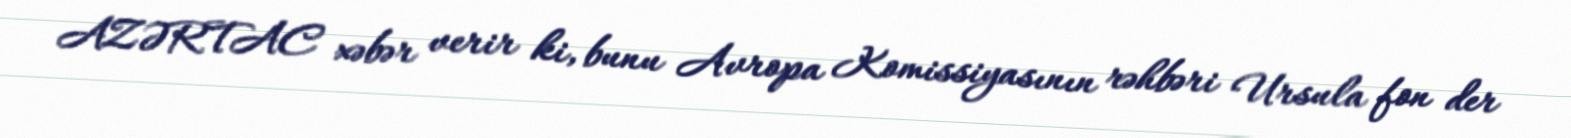
AZƏRTAC xəbər verir ki, bunu Avropa Komissiyasının rəhbəri Ursula fon der